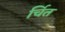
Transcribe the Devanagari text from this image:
र्चित